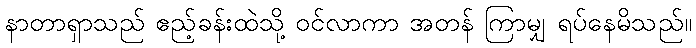
နာတာရှာသည် ဧည့်ခန်းထဲသို့ ဝင်လာကာ အတန် ကြာမျှ ရပ်နေမိသည်။